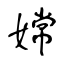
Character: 嫦